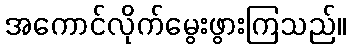
အကောင်လိုက်မွေးဖွားကြသည်။